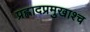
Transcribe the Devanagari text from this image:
प्रह्लादप्रमुखाश्च